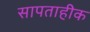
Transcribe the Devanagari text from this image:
सापताहीक